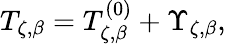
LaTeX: T_{\zeta,\beta}=T_{\zeta,\beta}^{\left(0\right)}+\Upsilon_{\zeta,\beta},